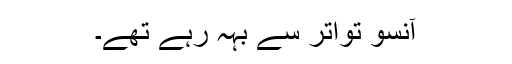
آنسو تواتر سے بہہ رہے تھے۔